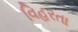
વિહરતા